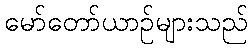
မော်တော်ယာဉ်များသည်